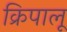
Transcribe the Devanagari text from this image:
क्रिपालू